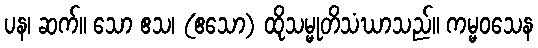
ပန၊ ဆက်။ သော ဧသ၊ (ဧသော) ထိုသမ္မုတိသံဃာသည်။ ကမ္မဝသေန